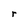
Character: r